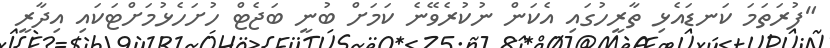
"ފުރަތަމަ ކަނޑައެޅި ތާރީހުގައި އެކަން ނުކުރެވޭނެ ކަމަށް ބުނީ ބަޖެޓް ހުށަހެޅުމަށްޓަކައި އިދާރީ